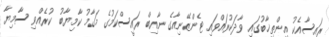
ރައީސާއެކު އިންތިޚާބުގައި ވާދަކުރައްވައި ޓެންޒޭނިއާގެ ނާއިބް ރައީސްކަމުގެ މަގާމު ކާމިޔާބު ކުރެއްވި ސާމިޔާ